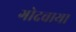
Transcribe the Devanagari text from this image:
गोदवाया